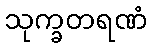
သုက္ခတရဏံ